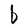
Character: b